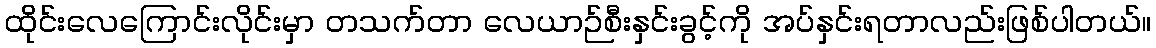
ထိုင်းလေကြောင်းလိုင်းမှာ တသက်တာ လေယာဉ်စီးနှင်းခွင့်ကို အပ်နှင်းရတာလည်းဖြစ်ပါတယ်။